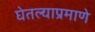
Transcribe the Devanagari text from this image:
घेतल्याप्रमाणे